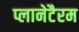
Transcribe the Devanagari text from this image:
प्लानेटैरम